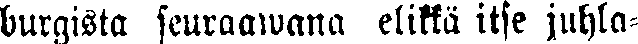
burgista seuraawana elikkä itse juhla-